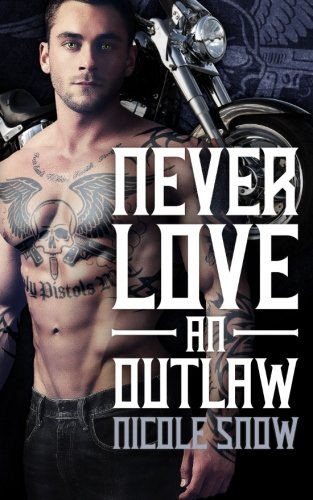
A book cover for Never Love an Outlaw: Deadly Pistols MC Romance (Outlaw Love); Nicole Snow; Romance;